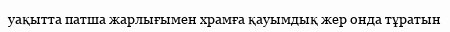
уақытта патша жарлығымен храмға қауымдық жер онда тұратын